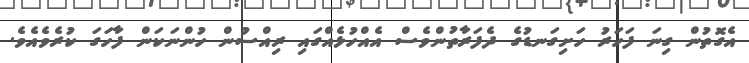
އެގޮތުން ގިނަ ފަހަރު ހަށިގަނޑުގެ ދެފަރާތުންވެސް އެއްހުޅެއްގައި ރިއްސުން ހުންނަކަން ފާހަގަ ކުރެވެއެވެ.